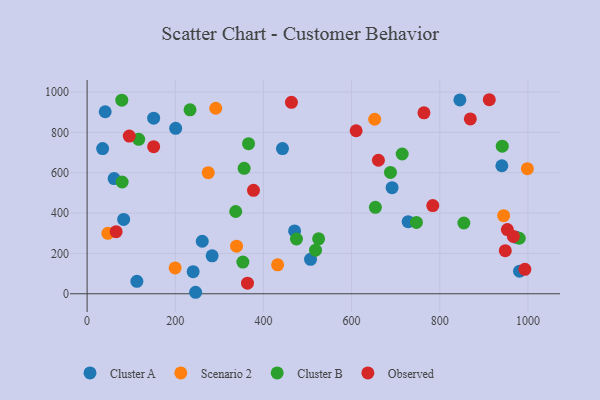
{"axis": {"x": "Engine Size", "y": "Fuel Efficiency"}, "legend": ["Cluster A", "Cluster B", "Observed", "Scenario 2"], "data": [{"x": "240.5", "y": 109.7, "type": "Cluster A"}, {"x": "151.0", "y": 870.4, "type": "Cluster A"}, {"x": "506.8", "y": 170.6, "type": "Cluster A"}, {"x": "261.2", "y": 260.3, "type": "Cluster A"}, {"x": "691.8", "y": 526.1, "type": "Cluster A"}, {"x": "283.6", "y": 188.2, "type": "Cluster A"}, {"x": "470.6", "y": 311.5, "type": "Cluster A"}, {"x": "443.2", "y": 719.6, "type": "Cluster A"}, {"x": "41.0", "y": 902.3, "type": "Cluster A"}, {"x": "246.1", "y": 7.4, "type": "Cluster A"}, {"x": "200.9", "y": 819.9, "type": "Cluster A"}, {"x": "728.2", "y": 357.5, "type": "Cluster A"}, {"x": "973.4", "y": 279.8, "type": "Cluster A"}, {"x": "112.9", "y": 61.9, "type": "Cluster A"}, {"x": "35.2", "y": 719.5, "type": "Cluster A"}, {"x": "845.6", "y": 960.9, "type": "Cluster A"}, {"x": "61.3", "y": 571.1, "type": "Cluster A"}, {"x": "82.9", "y": 368.7, "type": "Cluster A"}, {"x": "940.8", "y": 634.7, "type": "Cluster A"}, {"x": "981.0", "y": 112.1, "type": "Cluster A"}, {"x": "274.8", "y": 600.5, "type": "Scenario 2"}, {"x": "432.2", "y": 143.3, "type": "Scenario 2"}, {"x": "199.7", "y": 128.1, "type": "Scenario 2"}, {"x": "339.0", "y": 235.9, "type": "Scenario 2"}, {"x": "47.1", "y": 299.6, "type": "Scenario 2"}, {"x": "944.8", "y": 387.0, "type": "Scenario 2"}, {"x": "998.7", "y": 620.3, "type": "Scenario 2"}, {"x": "291.8", "y": 919.7, "type": "Scenario 2"}, {"x": "652.3", "y": 865.0, "type": "Scenario 2"}, {"x": "337.1", "y": 407.7, "type": "Cluster B"}, {"x": "980.3", "y": 275.1, "type": "Cluster B"}, {"x": "854.6", "y": 350.8, "type": "Cluster B"}, {"x": "353.3", "y": 157.3, "type": "Cluster B"}, {"x": "525.2", "y": 272.4, "type": "Cluster B"}, {"x": "78.7", "y": 959.8, "type": "Cluster B"}, {"x": "653.9", "y": 428.4, "type": "Cluster B"}, {"x": "518.1", "y": 216.2, "type": "Cluster B"}, {"x": "688.1", "y": 601.6, "type": "Cluster B"}, {"x": "747.0", "y": 353.5, "type": "Cluster B"}, {"x": "233.5", "y": 911.7, "type": "Cluster B"}, {"x": "941.7", "y": 731.5, "type": "Cluster B"}, {"x": "79.5", "y": 554.1, "type": "Cluster B"}, {"x": "714.7", "y": 692.9, "type": "Cluster B"}, {"x": "366.2", "y": 743.9, "type": "Cluster B"}, {"x": "356.2", "y": 621.8, "type": "Cluster B"}, {"x": "117.0", "y": 765.7, "type": "Cluster B"}, {"x": "474.9", "y": 271.4, "type": "Cluster B"}, {"x": "764.1", "y": 897.2, "type": "Observed"}, {"x": "95.6", "y": 781.6, "type": "Observed"}, {"x": "363.8", "y": 52.3, "type": "Observed"}, {"x": "953.3", "y": 318.0, "type": "Observed"}, {"x": "463.5", "y": 949.2, "type": "Observed"}, {"x": "660.8", "y": 661.9, "type": "Observed"}, {"x": "993.0", "y": 121.3, "type": "Observed"}, {"x": "869.3", "y": 866.8, "type": "Observed"}, {"x": "377.4", "y": 513.0, "type": "Observed"}, {"x": "966.9", "y": 284.5, "type": "Observed"}, {"x": "912.3", "y": 961.9, "type": "Observed"}, {"x": "65.8", "y": 308.0, "type": "Observed"}, {"x": "610.2", "y": 808.0, "type": "Observed"}, {"x": "151.0", "y": 729.1, "type": "Observed"}, {"x": "784.1", "y": 437.0, "type": "Observed"}, {"x": "948.6", "y": 213.7, "type": "Observed"}]}